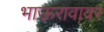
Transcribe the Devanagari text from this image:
भाऊरावावर